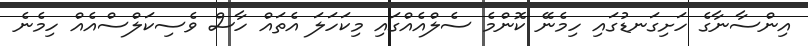
އިންސާނާގެ ހަށިގަނޑުގައި ހިމެނޭ ކޮންމެ ސެލްއެއްގައި މިކަހަލަ އެތައް ހާސް ވެސިކަލްސްއެއް ހިމެނެ